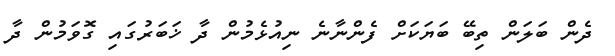
ދެން ބަލަން ތިބޭ ބަޔަކަށް ފެންނާނެ ނިއުޅެމުން ދާ ޚަބަރުގައި ގޮވަމުން ދާ